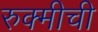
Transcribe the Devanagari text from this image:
रुक्मीची